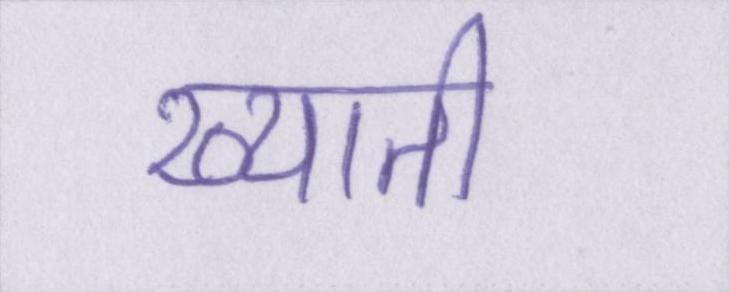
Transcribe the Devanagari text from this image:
ख्याती